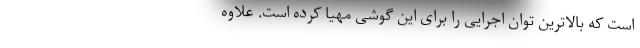
است که بالاترین توان اجرایی را برای این گوشی مهیا کرده است. علاوه